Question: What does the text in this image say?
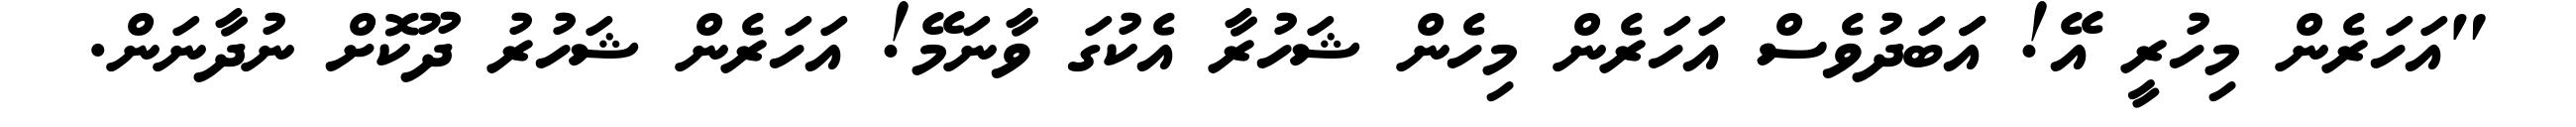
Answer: "އަހަރެން މިހުރީ އޭ! އަަބަދުވެސް އަހަރެން މިހެން ޝަހުރާ އެކުގަ ވާނަމޭ! އަހަރެން ޝަހުރު ދޫކޮށް ނުދާނަން.